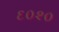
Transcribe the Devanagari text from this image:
६०२०